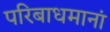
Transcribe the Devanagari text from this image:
परिबाधमानां